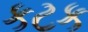
કટક